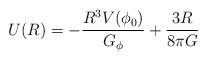
LaTeX: \begin{align*}U(R)=-\frac{R^{3}V(\phi_{0})}{G_{\phi}}+\frac{3R}{8\pi G}\end{align*}